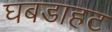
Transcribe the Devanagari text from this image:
घबडाहट